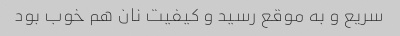
سریع و به موقع رسید و کیفیت نان هم خوب بود